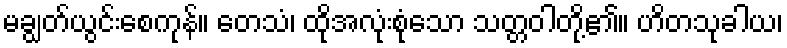
မချွတ်ယွင်းစေကုန်။ တေသံ၊ ထိုအလုံးစုံသော သတ္တဝါတို့၏။ ဟိတသုခါယ၊